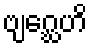
ဗျဂ္ဃေဟိ